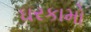
ઘરકામો